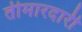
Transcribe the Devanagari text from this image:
तीमारदारी